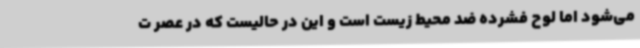
می‌شود اما لوح فشرده ضد محیط زیست است و این در حالیست که در عصر ت